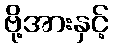
ဗို့အားနှင့်